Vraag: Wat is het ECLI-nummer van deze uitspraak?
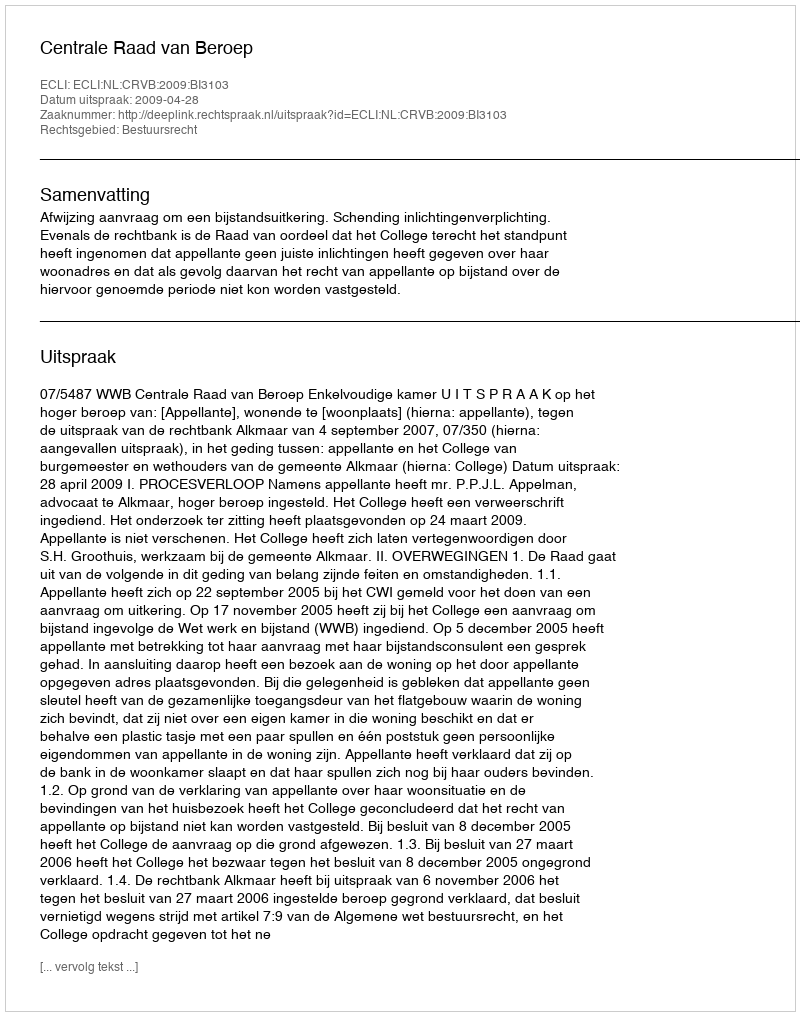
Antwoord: ECLI:NL:CRVB:2009:BI3103